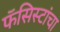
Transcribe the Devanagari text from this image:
फॅसिस्टांचा